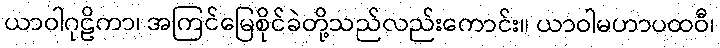
ယာဝါဂုဠိကာ၊ အကြင်မြေစိုင်ခဲတို့သည်လည်းကောင်း။ ယာဝါမဟာပထဝီ၊